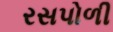
રસપોળી